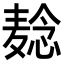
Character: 𬹌